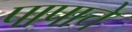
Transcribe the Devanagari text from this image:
पापाचे